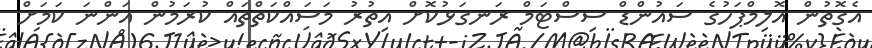
އެގޮތުން އޮލިމްޕަހުގެ ސައުންޑް ސިސްޓަމް ރަނގަޅުކޮށް އިތުރު މަސައްކަތްތައް ކުރަމުން އަންނަ ކަމަށް